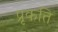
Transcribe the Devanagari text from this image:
प्रृकति